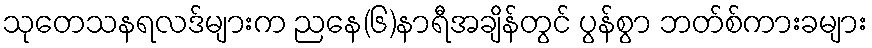
သုတေသနရလဒ်များက ညနေ(၆)နာရီအချိန်တွင် ပွန်စွာ ဘတ်စ်ကားခများ